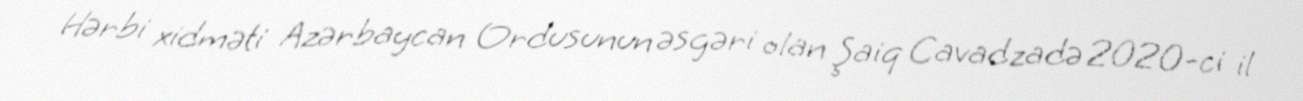
Hərbi xidməti Azərbaycan Ordusunun əsgəri olan Şaiq Cavadzadə 2020-ci il